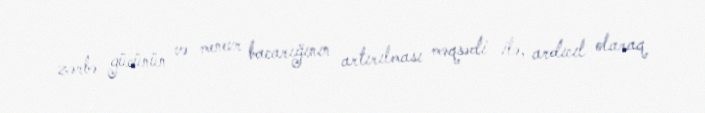
zərbə gücünün və menevr bacarığının artırılması məqsədi ilə, ardıcıl olaraq